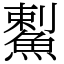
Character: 䱫